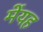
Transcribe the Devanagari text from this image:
मेंयह